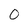
Character: 0